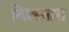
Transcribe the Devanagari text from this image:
मिलनात